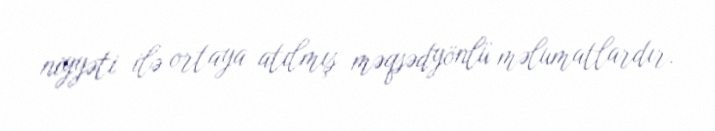
niyyəti ilə ortaya atılmış məqsədyönlü məlumatlardır.